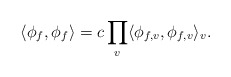
\begin{align*}\langle \phi_{f}, \phi_{f}\rangle = c \prod_{v} \langle \phi_{f,v}, \phi_{f,v} \rangle_{v}. \end{align*}